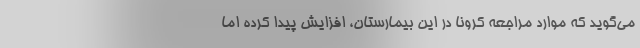
می‌گوید که موارد مراجعه کرونا در این بیمارستان، افزایش پیدا کرده اما